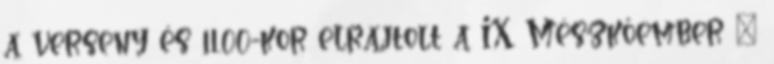
a verseny és 11.00-kor elrajtolt a IX. Mészkőember –